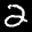
Label: 2